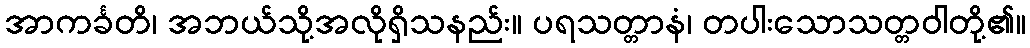
အာကင်္ခတိ၊ အဘယ်သို့အလိုရှိသနည်း။ ပရသတ္တာနံ၊ တပါးသောသတ္တဝါတို့၏။